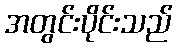
အတွင်းပိုင်းသည်